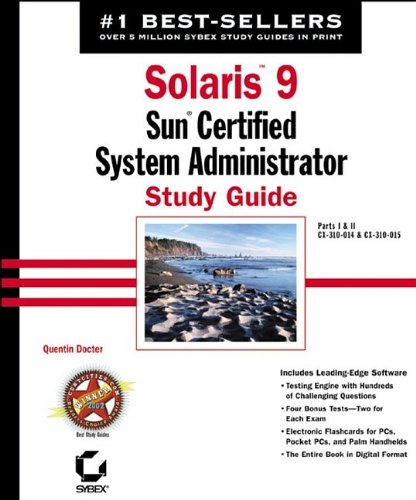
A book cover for Solaris 9 Sun Certified System Administrator Study Guide; Quentin Docter; Computers & Technology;